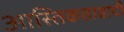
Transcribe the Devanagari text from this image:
आस्तिकतावादी